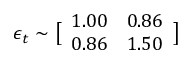
\boldsymbol { \epsilon } _ { t } \sim \bigl [ \begin{array} { l l } { 1 . 0 0 } & { 0 . 8 6 } \\ { 0 . 8 6 } & { 1 . 5 0 } \end{array} \bigr ]